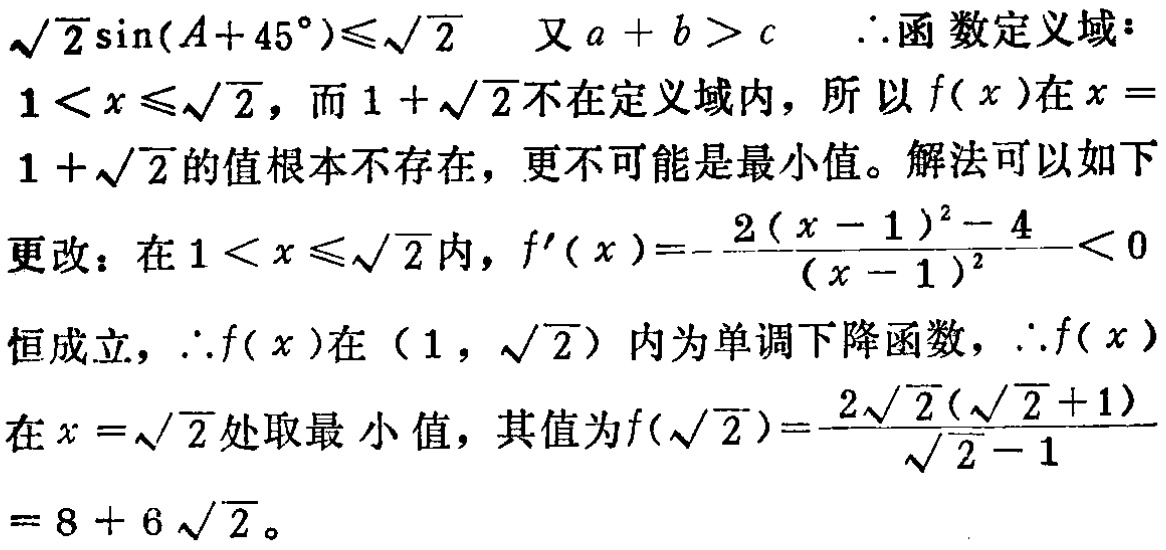
\(\sqrt{2}\sin(A + 45^{\circ})\leq\sqrt{2}\) 又 \(a + b > c\) \(\therefore\)函数定义域：
\(1 < x\leq\sqrt{2}\)，而 \(1 + \sqrt{2}\)不在定义域内，所以 \(f(x)\)在 \(x =\)
\(1 + \sqrt{2}\)的值根本不存在，更不可能是最小值。解法可以如下
更改：在 \(1 < x\leq\sqrt{2}\)内，\(f^{\prime}(x)=-\frac{2(x - 1)^{2}-4}{(x - 1)^{2}}<0\)
恒成立，\(\therefore f(x)\)在 \((1,\sqrt{2})\) 内为单调下降函数，\(\therefore f(x)\)
在 \(x = \sqrt{2}\) 处取最小值，其值为\(f(\sqrt{2})=\frac{2\sqrt{2}(\sqrt{2}+1)}{\sqrt{2}-1}\)
\(= 8 + 6\sqrt{2}\)。